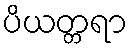
ပိယတ္တရာ